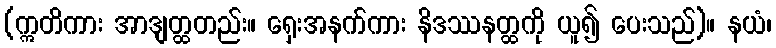
(ဣတိကား အာဒျတ္ထတည်း။ ရှေးအနက်ကား နိဒဿနတ္ထကို ယူ၍ ပေးသည်)။ နယံ၊